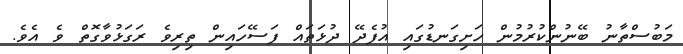
މަބުސްތާނު ބޭނުންކުރުމުން ހަށިގަނޑުގައި އުފެދޭ ދުޅަތައް ފަސޭހައިން ތިރިވެ ރަގަޅުވާގޮތް ވެ އެވެ.